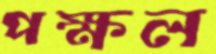
পক্ষল